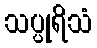
သပ္ပုရိသံ